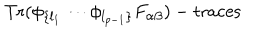
\mathrm { T r } ( \phi _ { \{ l _ { 1 } } \cdots \phi _ { l _ { p - 1 } \} } F _ { \alpha \beta } ) - \mathrm { t r a c e s }